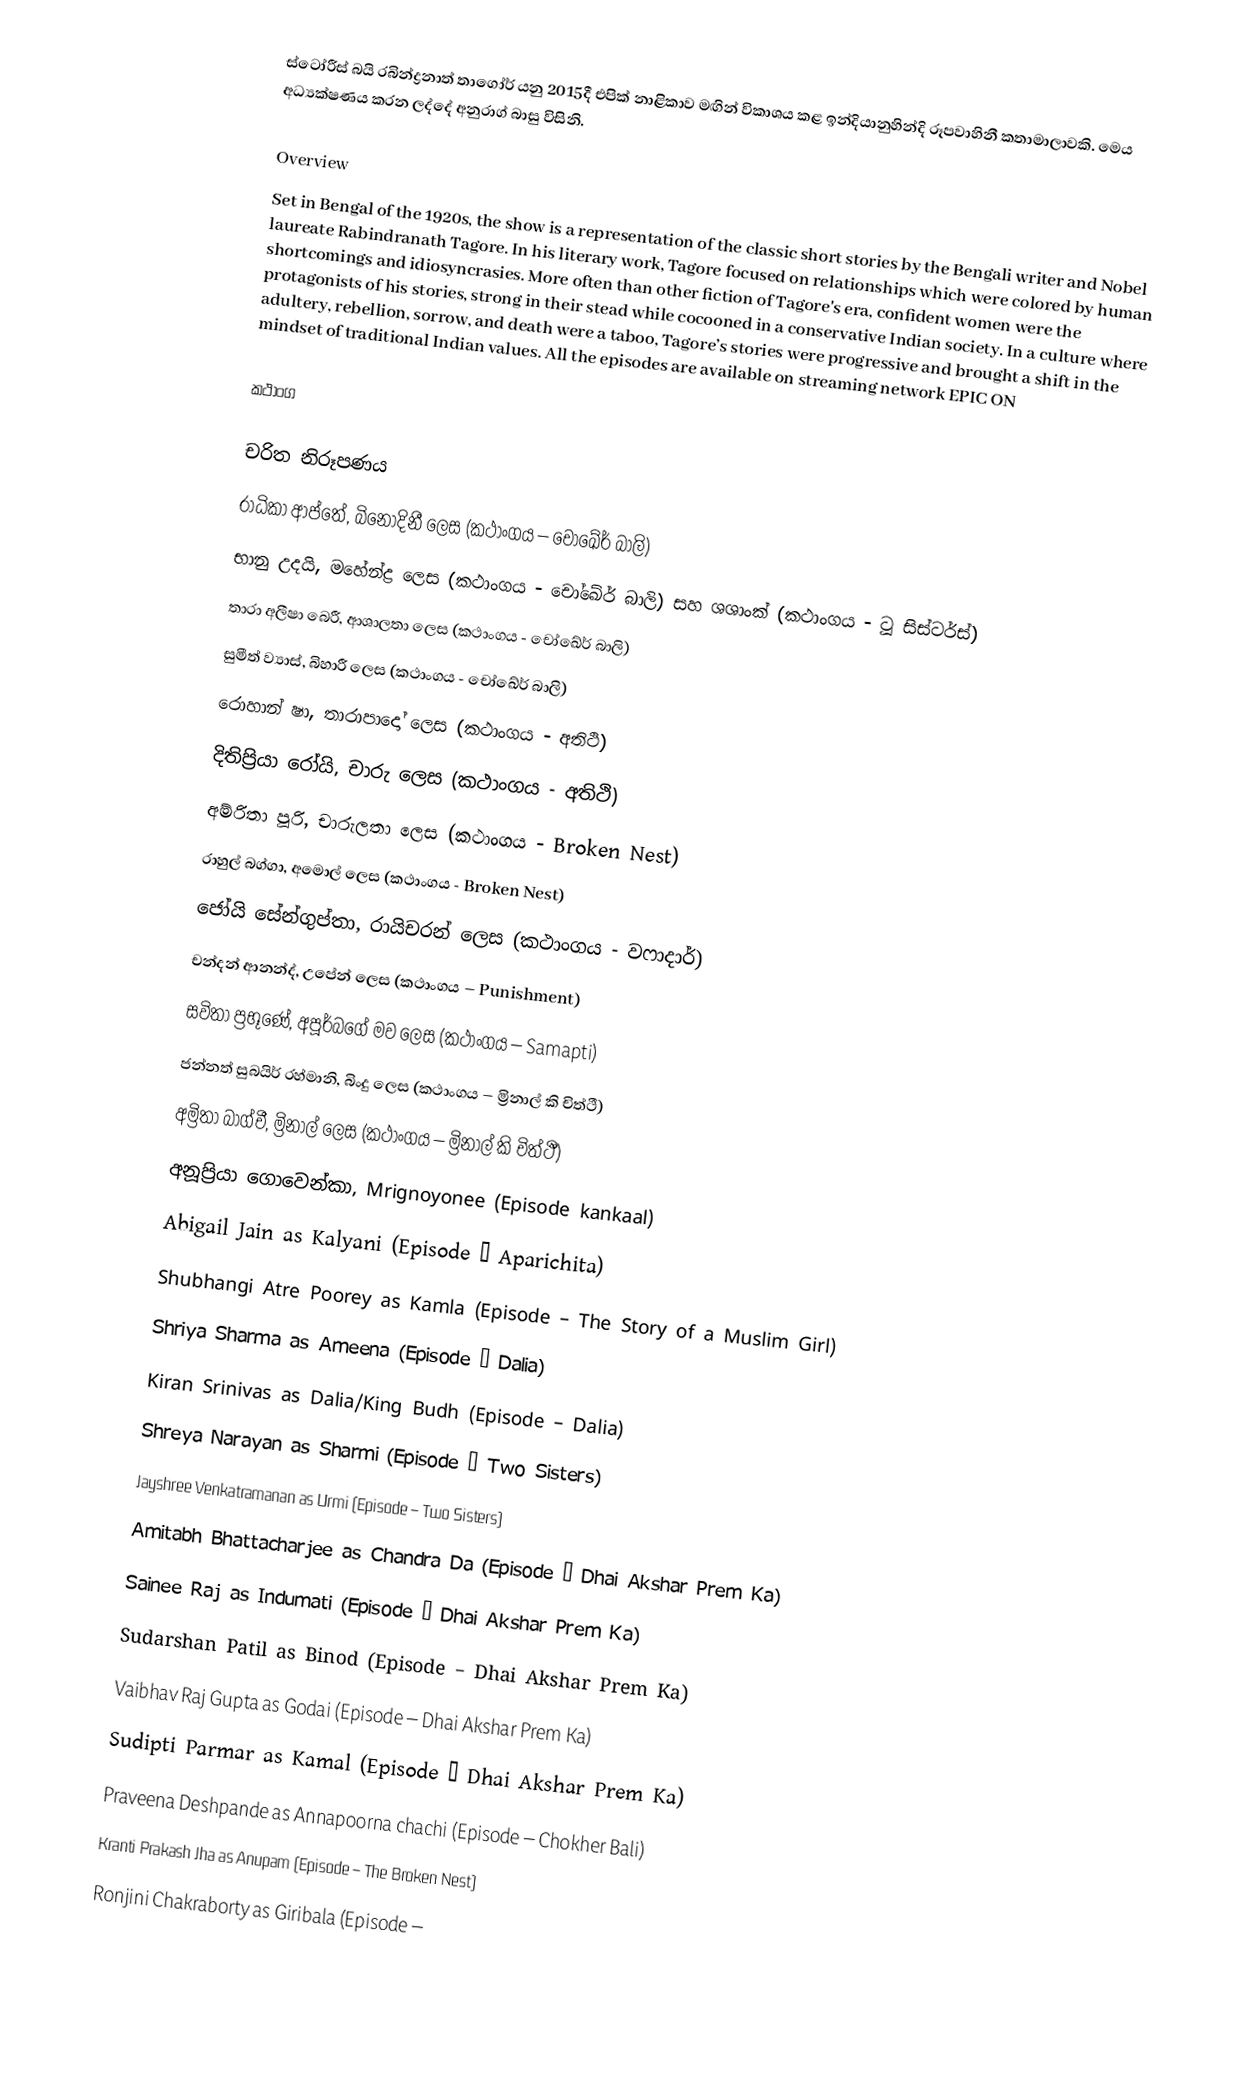
ස්ටෝරීස් බයි රබින්ද්‍රනාත් තාගෝර් යනු 2015දී එපික් නාළිකාව මඟින් විකාශය කළ ඉන්දියානුහින්දි රූපවාහිනී කතාමාලාවකි. මෙය අධ්‍යක්ෂණය කරන ලද්දේ අනුරාග් බාසු විසිනි.

Overview
Set in Bengal of the 1920s, the show is a representation of the classic short stories by the Bengali writer and Nobel laureate Rabindranath Tagore. In his literary work, Tagore focused on relationships which were colored by human shortcomings and idiosyncrasies. More often than other fiction of Tagore's era, confident women were the protagonists of his stories, strong in their stead while cocooned in a conservative Indian society. In a culture where adultery, rebellion, sorrow, and death were a taboo, Tagore’s stories were progressive and brought a shift in the mindset of traditional Indian values. All the episodes are available on streaming network EPIC ON

කථාංග

චරිත නිරූපණය
 රාධිකා ආප්තේ, බිනෝදිනී ලෙස (කථාංගය – චෝඛේර් බාලි)
 භානු උදයි, මහේන්ද්‍ර ලෙස (කථාංගය - චෝඛේර් බාලි)  සහ ශශාංක් (කථාංගය - ටූ සිස්ටර්ස්)
 තාරා අලීෂා බෙරී, ආශාලතා ලෙස (කථාංගය - චෝඛේර් බාලි)
 සුමීත් ව්‍යාස්, බිහාරී ලෙස (කථාංගය - චෝඛේර් බාලි)
 රොහාන් ෂා, තාරාපාදෝ ලෙස (කථාංගය - අතිථි)
 දිතිප්‍රියා රෝයි, චාරු ලෙස (කථාංගය - අතිථි)
 අම්රිතා පූරි, චාරුලතා ලෙස (කථාංගය - Broken Nest)
 රාහුල් බග්ගා, අමොල් ලෙස (කථාංගය - Broken Nest)
 ජෝයි සේන්ගුප්තා, රායිචරන් ලෙස (කථාංගය - වෆාදාර්)
 චන්දන් ආනන්ද්, උපේන් ලෙස (කථාංගය – Punishment)
 සවිතා ප්‍රභූණේ, අපූර්බගේ මව ලෙස (කථාංගය – Samapti)
 ජන්නත් සුබයිර් ‍රහ්මානි, බිංදු ලෙස (කථාංගය – ම්‍රිනාල් කි චිත්ථී)
 අම්‍රිතා බාග්චී, ම්‍රිනාල් ලෙස (කථාංගය – ම්‍රිනාල් කි චිත්ථී)
 අනූප්‍රියා ගොවෙන්කා, Mrignoyonee (Episode kankaal)
 Abigail Jain as Kalyani (Episode – Aparichita)
 Shubhangi Atre Poorey as Kamla (Episode – The Story of a Muslim Girl)
 Shriya Sharma as Ameena (Episode – Dalia)
 Kiran Srinivas as Dalia/King Budh (Episode – Dalia)
Shreya Narayan as Sharmi (Episode – Two Sisters)
 Jayshree Venkatramanan as Urmi (Episode – Two Sisters)
 Amitabh Bhattacharjee as Chandra Da (Episode – Dhai Akshar Prem Ka)
 Sainee Raj as Indumati (Episode – Dhai Akshar Prem Ka)
 Sudarshan Patil as Binod (Episode – Dhai Akshar Prem Ka)
 Vaibhav Raj Gupta as Godai (Episode – Dhai Akshar Prem Ka)
 Sudipti Parmar as Kamal (Episode – Dhai Akshar Prem Ka)
 Praveena Deshpande as Annapoorna chachi (Episode – Chokher Bali)
 Kranti Prakash Jha as Anupam (Episode – The Broken Nest)
Ronjini Chakraborty as Giribala (Episode –